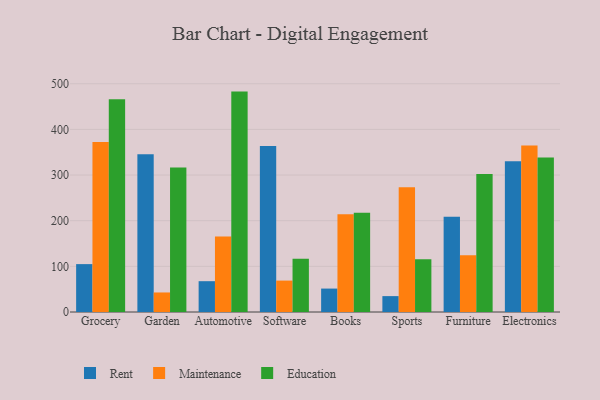
{"axis": {"x": "Category", "y": "Temperature (°C)"}, "legend": ["Education", "Maintenance", "Rent"], "data": [{"x": "Grocery", "y": 104.9, "type": "Rent"}, {"x": "Grocery", "y": 372.5, "type": "Maintenance"}, {"x": "Grocery", "y": 465.9, "type": "Education"}, {"x": "Garden", "y": 345.6, "type": "Rent"}, {"x": "Garden", "y": 42.8, "type": "Maintenance"}, {"x": "Garden", "y": 316.4, "type": "Education"}, {"x": "Automotive", "y": 67.5, "type": "Rent"}, {"x": "Automotive", "y": 165.3, "type": "Maintenance"}, {"x": "Automotive", "y": 482.8, "type": "Education"}, {"x": "Software", "y": 363.8, "type": "Rent"}, {"x": "Software", "y": 68.8, "type": "Maintenance"}, {"x": "Software", "y": 116.6, "type": "Education"}, {"x": "Books", "y": 51.3, "type": "Rent"}, {"x": "Books", "y": 214.3, "type": "Maintenance"}, {"x": "Books", "y": 217.2, "type": "Education"}, {"x": "Sports", "y": 34.8, "type": "Rent"}, {"x": "Sports", "y": 273.2, "type": "Maintenance"}, {"x": "Sports", "y": 115.6, "type": "Education"}, {"x": "Furniture", "y": 208.5, "type": "Rent"}, {"x": "Furniture", "y": 124.1, "type": "Maintenance"}, {"x": "Furniture", "y": 302.1, "type": "Education"}, {"x": "Electronics", "y": 330.5, "type": "Rent"}, {"x": "Electronics", "y": 365.0, "type": "Maintenance"}, {"x": "Electronics", "y": 338.6, "type": "Education"}]}